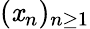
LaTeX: (\mathit{x}_{n})_{n\geq1}